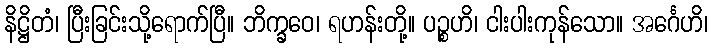
နိဋ္ဌိတံ၊ ပြီးခြင်းသို့ရောက်ပြီ။ ဘိက္ခဝေ၊ ရဟန်းတို့။ ပဉ္စဟိ၊ ငါးပါးကုန်သော။ အင်္ဂေဟိ၊